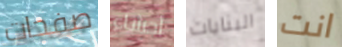
صفحات أحشاء البنايات انت